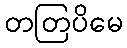
တတြပိမေ